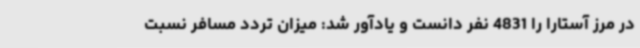
در مرز آستارا را 4831 نفر دانست و یادآور شد: میزان تردد مسافر نسبت